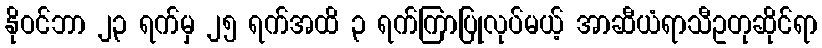
နိုဝင်ဘာ ၂၃ ရက်မှ ၂၅ ရက်အထိ ၃ ရက်ကြာပြုလုပ်မယ့် အာဆီယံရာသီဥတုဆိုင်ရာ